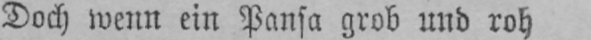
Doch wenn ein Pansa grob und roh